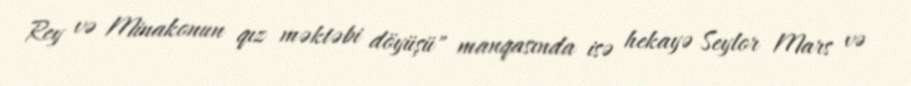
Rey və Minakonun qız məktəbi döyüşü" manqasında isə hekayə Seylor Mars və